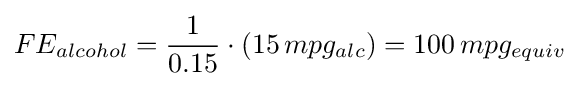
FE_{alcohol}={\frac {1}{0.15}}\cdot (15\,mpg_{alc})=100\,mpg_{equiv}